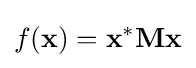
f(\mathbf {x} )=\mathbf {x} ^{*}\mathbf {M} \mathbf {x}